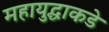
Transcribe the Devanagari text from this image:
महायुद्धाकडे